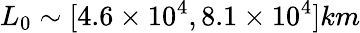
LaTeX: L_{0}\sim[4.6\times 10^{4},8.1\times 10^{4}]km